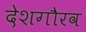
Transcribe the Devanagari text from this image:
देशगौरव